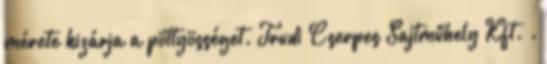
mérete kizárja a pöttyösséget. Trudi Cserpes Sajtműhely Kft. .